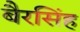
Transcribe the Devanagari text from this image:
बैरसिंह